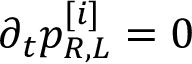
\partial _ { t } p _ { R , L } ^ { [ i ] } = 0